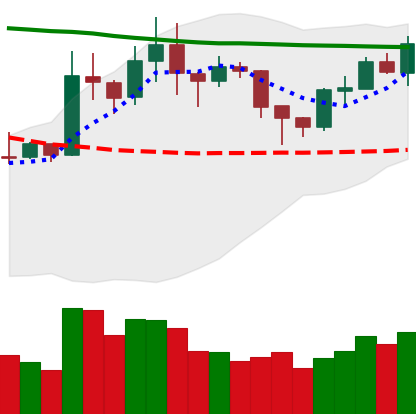
Ticker: XRP-USD
Chart end date: 2020-01-30
Forward return: 9.508%
Label: up_7plus